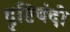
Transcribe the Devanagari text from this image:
दृष्टिबंदी